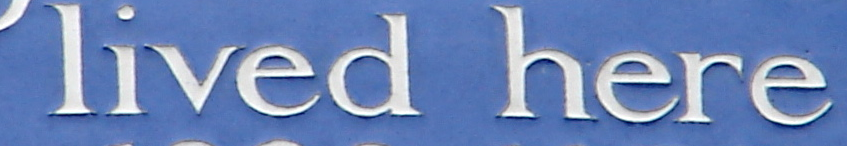
lived here